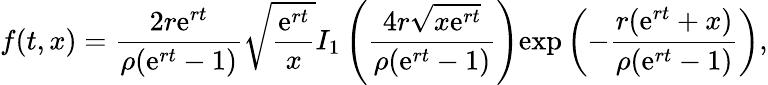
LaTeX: f(t,x)=\frac{2r{\mathrm{e}}^{rt}}{\rho({\mathrm{e}}^{rt}-1)}\sqrt{\frac{{\mathrm{e}}^{rt}}{x}}I_{1}\left(\frac{4r\sqrt{x{\mathrm{e}}^{rt}}}{\rho({\mathrm{e}}^{rt}-1)}\right){\mathrm{exp}}\left(-\frac{r({\mathrm{e}}^{rt}+x)}{\rho({\mathrm{e}}^{rt}-1)}\right),